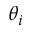
\theta _ { i }